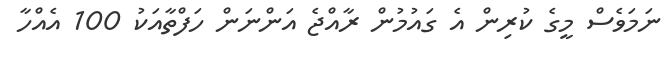
ނަމަވެސް މީގެ ކުރިން އެ ގައުމުން ރާއްޖެ އަންނަން ހަފްތާއަކު 100 އެއްހާ